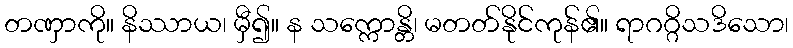
တဏှာကို။ နိဿာယ၊ မှီ၍။ န သက္ကောန္တိ၊ မတတ်နိုင်ကုန်၏။ ရာဂဂ္ဂိသဒိသော၊